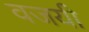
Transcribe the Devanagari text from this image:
वजयी